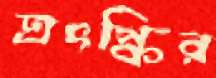
ত্রৎস্কির